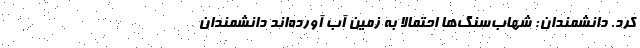
کرد. دانشمندان: شهاب‌سنگ‌ها احتمالا به زمین آب آورده‌اند دانشمندان